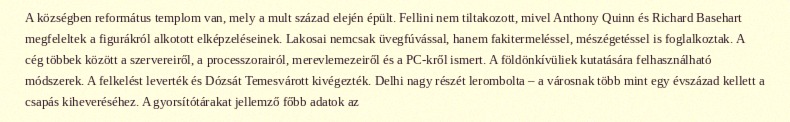
A községben református templom van, mely a mult század elején épült. Fellini nem tiltakozott, mivel Anthony Quinn és Richard Basehart megfeleltek a figurákról alkotott elképzeléseinek. Lakosai nemcsak üvegfúvással, hanem fakitermeléssel, mészégetéssel is foglalkoztak. A cég többek között a szervereiről, a processzorairól, merevlemezeiről és a PC-kről ismert. A földönkívüliek kutatására felhasználható módszerek. A felkelést leverték és Dózsát Temesvárott kivégezték. Delhi nagy részét lerombolta – a városnak több mint egy évszázad kellett a csapás kiheveréséhez. A gyorsítótárakat jellemző főbb adatok az